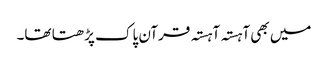
میں بھی آہستہ آہستہ قرآن پاک پڑھتا تھا۔